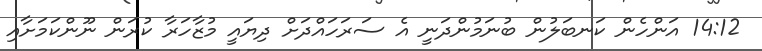
14:12 އަންހެން ކަނބަލުން ބުނަމުންދަނީ އެ ސަރަހައްދަށް ދިޔައީ މުޒާހަރާ ކުރަން ނޫންކަމަށާއި